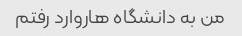
من به دانشگاه هاروارد رفتم